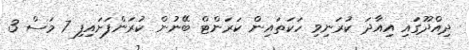
ދިއްދޫގައި އިއާދަ ކުރަނިވި ހަކަތައިން ކަރަންޓް ބޭނުން ކުރަންފަށައިފި 7 މަސް 3